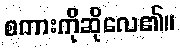
စကားကိုဆိုလေ၏။